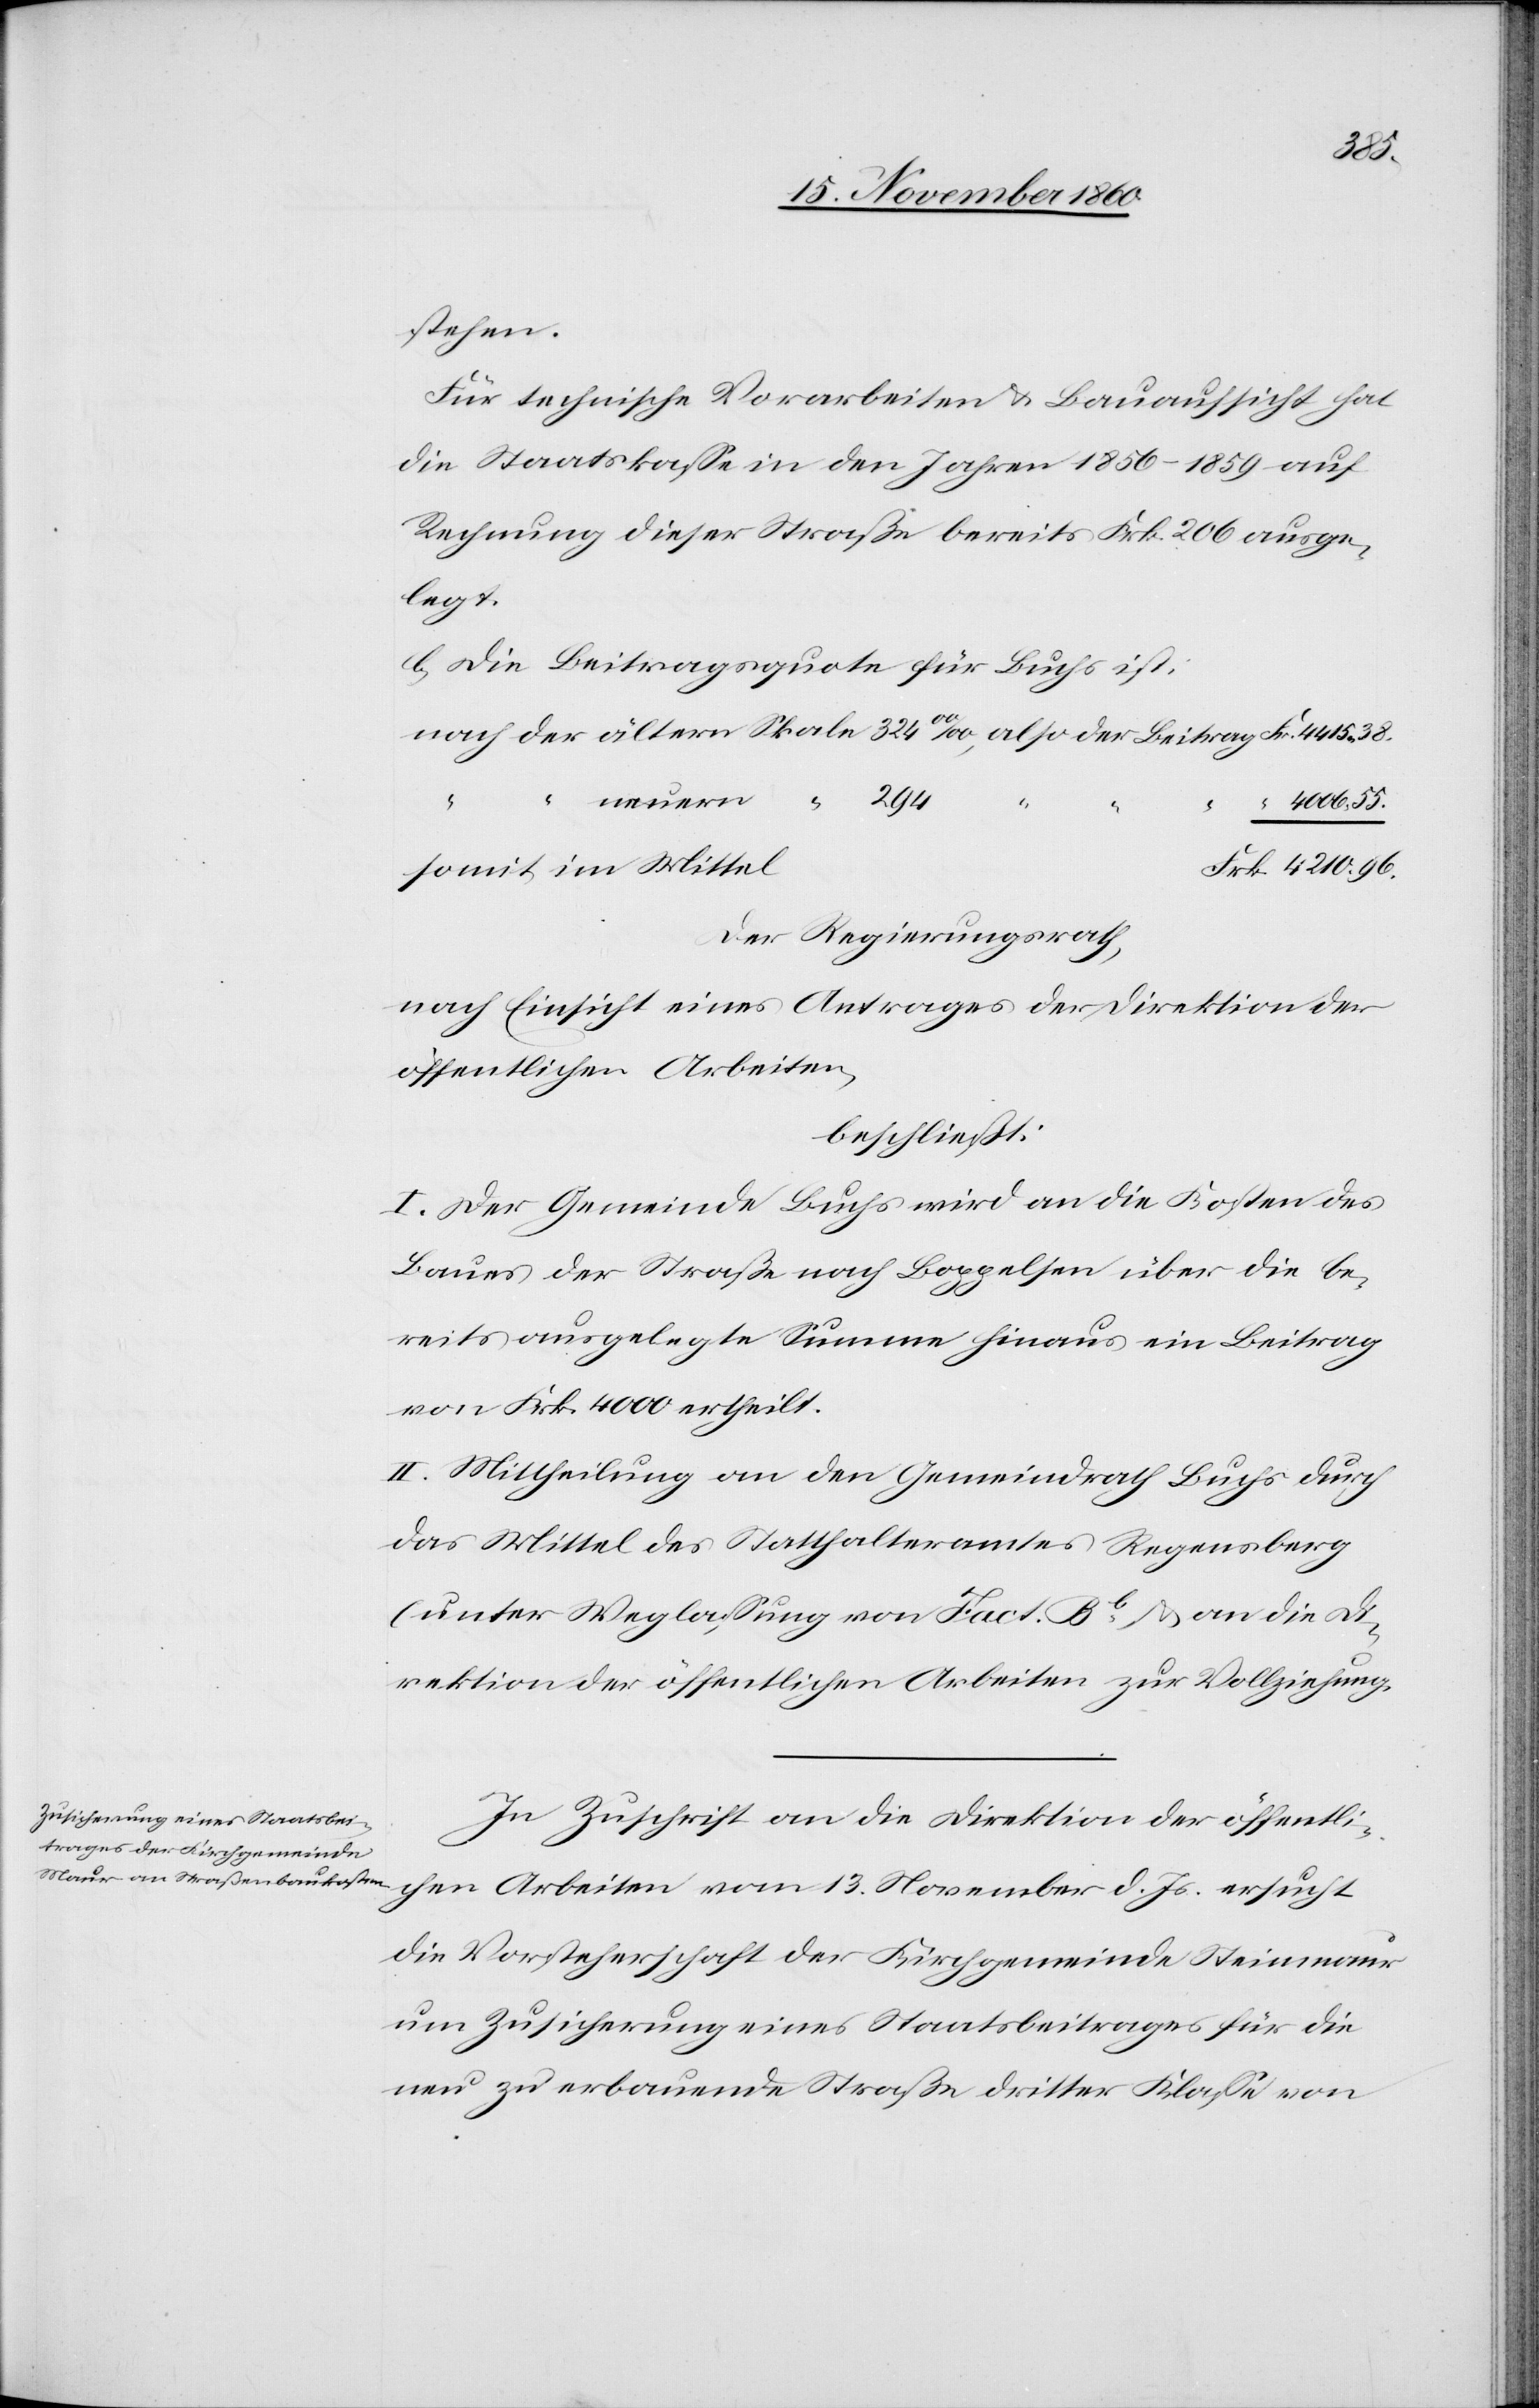
stehen.
Für technische Vorarbeiten u. Bauaufsicht hat
die Staatskasse in den Jahren 1856–1859 auf
Rechnung dieser Straße bereits Frk. 206 ausge¬
legt.
b. Die Beitragsquote für Buchs ist:
4210 96.
“
4006 55.
somit im Mittel
Der Regierungsrath,
nach Einsicht eines Antrages der Direktion der
öffentlichen Arbeiten,
beschließt:
I. Der Gemeinde Buchs wird an die Kosten des
Baues der Straße nach Boppelsen über die be¬
reits ausgelegte Summe hinaus ein Beitrag
von Frk. 4000 ertheilt.
II. Mittheilung an den Gemeindrath Buchs durch
das Mittel des Statthalteramtes Regensberg
(unter Weglassung von Fact. Bb) u. an die Di¬
rektion der öffentlichen Arbeiten zur Vollziehung.
In Zuschrift an die Direktion der öffentli¬
chen Arbeiten vom 13. November d. Js. ersucht
die Vorsteherschaft der Kirchgemeinde Steinmaur
um Zusicherung eines Staatsbeitrages für die
neu zu erbauende Straße dritter Klasse von